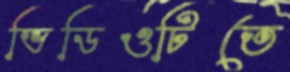
ভিডিওটিতে